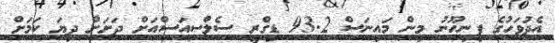
އެދުވަހުގެ ފިނިހޫނު މިން މައިނަސް 93.2 ޑިގްރީ ސެލްސިއަސްއަށް ދަށަށް ދިޔަ ކަމަށް